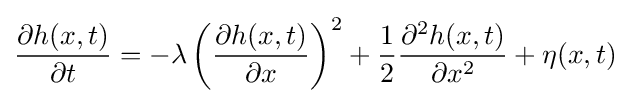
{\frac {\partial h(x,t)}{\partial t}}=-\lambda \left({\frac {\partial h(x,t)}{\partial x}}\right)^{2}+{\frac {1}{2}}{\frac {\partial ^{2}h(x,t)}{\partial x^{2}}}+\eta (x,t)